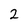
Character: 2